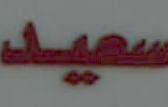
سعيد